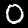
Digit: 0